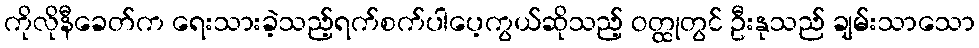
ကိုလိုနီခေတ်က ရေးသားခဲ့သည့်ရက်စက်ပါပေ့ကွယ်ဆိုသည့် ဝတ္ထုတွင် ဦးနုသည် ချမ်းသာသော